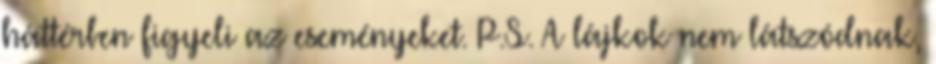
háttérben figyeli az eseményeket. P.S. A lájkok nem látszódnak,